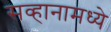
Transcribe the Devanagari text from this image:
सव्हानामध्ये